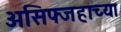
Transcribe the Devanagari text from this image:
असिफ्जहाच्या